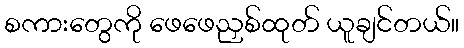
စကားတွေကို ဖေဖေညှစ်ထုတ် ယူချင်တယ်။